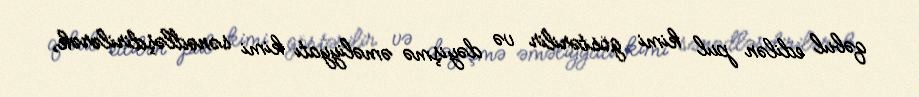
qəbul edilən pul kimi göstərilir və dəyişmə əməliyyatı kimi sənədləşdirilərək,